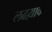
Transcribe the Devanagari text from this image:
लढय़ाकडे